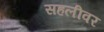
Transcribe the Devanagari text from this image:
सहलीवर